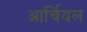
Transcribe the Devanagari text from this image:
आर्चियल